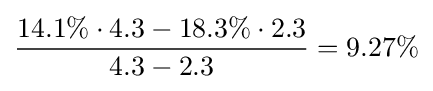
{\frac {14.1\%\cdot 4.3-18.3\%\cdot 2.3}{4.3-2.3}}=9.27\%